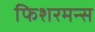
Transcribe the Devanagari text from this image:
फिशरमन्स